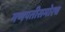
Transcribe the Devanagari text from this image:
गणपतीसमोरच